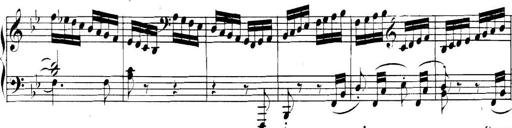
Title: Collected Piano Sonatas
Composer: Muzio Clementi